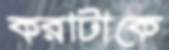
করাটাকে